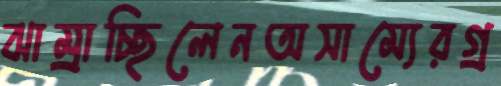
ঝাম্‌রাচ্ছিলেনঅসাম্যেরগ্র